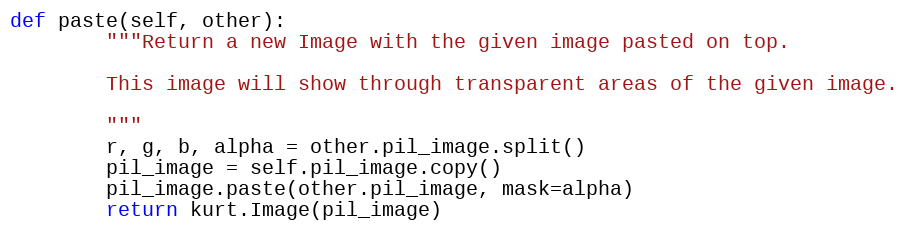
Language: Python
def paste(self, other):
        """Return a new Image with the given image pasted on top.

        This image will show through transparent areas of the given image.

        """
        r, g, b, alpha = other.pil_image.split()
        pil_image = self.pil_image.copy()
        pil_image.paste(other.pil_image, mask=alpha)
        return kurt.Image(pil_image)